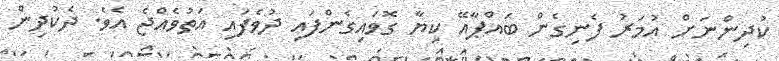
ކުދިންނަށް އުމަރު ފެނިގެން ބައްޕާއޭ ކިޔާ ގޮވައިގެންފައި ދުވެފައި އަތުވެއްޖެ އެވެ. ދެކުދިން